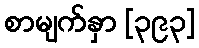
စာမျက်နှာ [၃၉၃]